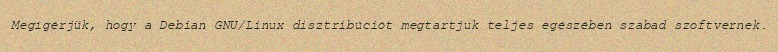
Megígérjük, hogy a Debian GNU/Linux disztribúciót megtartjuk teljes egészében szabad szoftvernek.